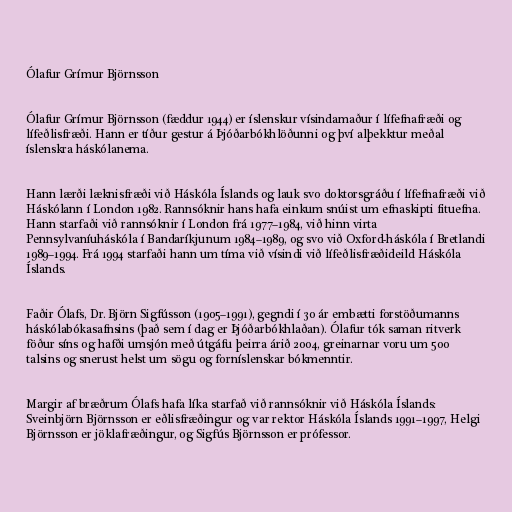
Ólafur Grímur Björnsson

Ólafur Grímur Björnsson (fæddur 1944) er íslenskur vísindamaður í lífefnafræði og
lífeðlisfræði. Hann er tíður gestur á Þjóðarbókhlöðunni og því alþekktur meðal
íslenskra háskólanema.

Hann lærði læknisfræði við Háskóla Íslands og lauk svo doktorsgráðu í lífefnafræði við
Háskólann í London 1982. Rannsóknir hans hafa einkum snúist um efnaskipti fituefna.
Hann starfaði við rannsóknir í London frá 1977–1984, við hinn virta
Pennsylvaníuháskóla í Bandaríkjunum 1984–1989, og svo við Oxford-háskóla í Bretlandi
1989–1994. Frá 1994 starfaði hann um tíma við vísindi við lífeðlisfræðideild Háskóla
Íslands.

Faðir Ólafs, Dr. Björn Sigfússon (1905–1991), gegndi í 30 ár embætti forstöðumanns
háskólabókasafnsins (það sem í dag er Þjóðarbókhlaðan). Ólafur tók saman ritverk
föður síns og hafði umsjón með útgáfu þeirra árið 2004, greinarnar voru um 500
talsins og snerust helst um sögu og forníslenskar bókmenntir.

Margir af bræðrum Ólafs hafa líka starfað við rannsóknir við Háskóla Íslands:
Sveinbjörn Björnsson er eðlisfræðingur og var rektor Háskóla Íslands 1991–1997, Helgi
Björnsson er jöklafræðingur, og Sigfús Björnsson er prófessor.